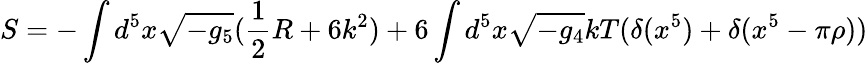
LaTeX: S=-\int d^{5}x\sqrt{-g_{5}}(\frac{1}{2}R+6k^{2})+6\int d^{5}x\sqrt{-g_{4}}kT(\delta(x^{5})+\delta(x^{5}-\pi\rho))